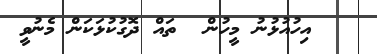
އިހުއުޅުނު މީހުން  ތައް ދޮގުކުޅަކަން މެނުވީ